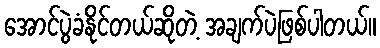
အောင်ပွဲခံနိုင်တယ်ဆိုတဲ့ အချက်ပဲဖြစ်ပါတယ်။